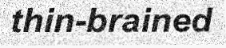
thin-brained